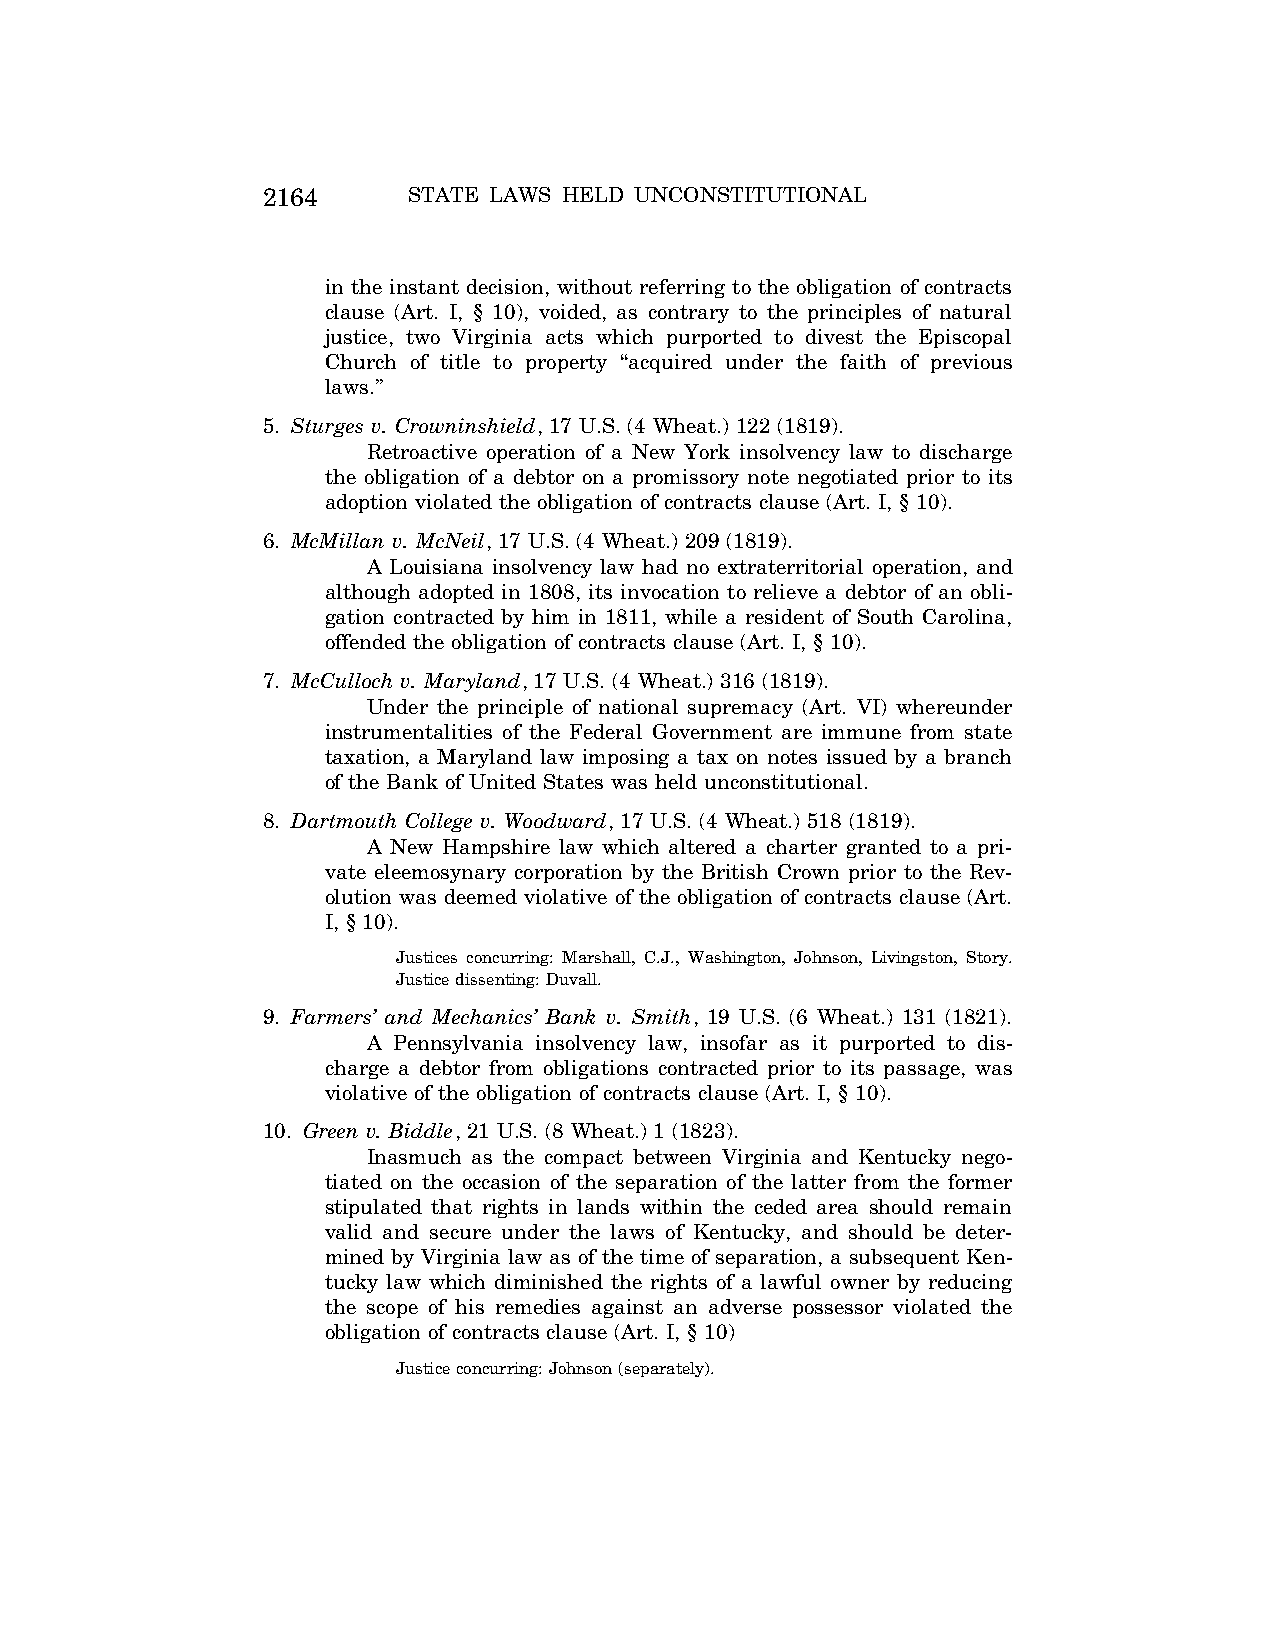
2164      STATE LAWS HELD UNCONSTITUTIONAL
 in the instant decision, without referring to the obligation of contracts
 clause (Art. I, § 10), voided, as contrary to the principles of natural
 justice, two Virginia acts which purported to divest the Episcopal
 Church of title to property ‘‘acquired under the faith of previous
 laws.’’
 5. Sturges v. Crowninshield, 17 U.S. (4 Wheat.) 122 (1819).
 Retroactive operation of a New York insolvency law to discharge
 the obligation of a debtor on a promissory note negotiated prior to its
 adoption violated the obligation of contracts clause (Art. I, § 10).
 6. McMillan v. McNeil, 17 U.S. (4 Wheat.) 209 (1819).
 A Louisiana insolvency law had no extraterritorial operation, and
 although adopted in 1808, its invocation to relieve a debtor of an obli-
 gation contracted by him in 1811, while a resident of South Carolina,
 offended the obligation of contracts clause (Art. I, § 10).
 7. McCulloch v. Maryland, 17 U.S. (4 Wheat.) 316 (1819).
 Under the principle of national supremacy (Art. VI) whereunder
 instrumentalities of the Federal Government are immune from state
 taxation, a Maryland law imposing a tax on notes issued by a branch
 of the Bank of United States was held unconstitutional.
 8. Dartmouth College v. Woodward, 17 U.S. (4 Wheat.) 518 (1819).
 A New Hampshire law which altered a charter granted to a pri-
 vate eleemosynary corporation by the British Crown prior to the Rev-
 olution was deemed violative of the obligation of contracts clause (Art.
 I, § 10).
 Justices concurring: Marshall, C.J., Washington, Johnson, Livingston, Story.
 Justice dissenting: Duvall.
 9. Farmers’ and Mechanics’ Bank v. Smith, 19 U.S. (6 Wheat.) 131 (1821).
 A Pennsylvania insolvency law, insofar as it purported to dis-
 charge a debtor from obligations contracted prior to its passage, was
 violative of the obligation of contracts clause (Art. I, § 10).
 10. Green v. Biddle, 21 U.S. (8 Wheat.) 1 (1823).
 Inasmuch as the compact between Virginia and Kentucky nego-
 tiated on the occasion of the separation of the latter from the former
 stipulated that rights in lands within the ceded area should remain
 valid and secure under the laws of Kentucky, and should be deter-
 mined by Virginia law as of the time of separation, a subsequent Ken-
 tucky law which diminished the rights of a lawful owner by reducing
 the scope of his remedies against an adverse possessor violated the
 obligation of contracts clause (Art. I, § 10)
 Justice concurring: Johnson (separately).
 VerDate Aug<04>2004 12:57 Aug 23, 2004 Jkt 077500 PO 00000 Frm 00004 Fmt 8222 Sfmt 8222 C:\CONAN\CON064.SGM PRFM99 PsN: CON064